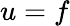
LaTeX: u=f